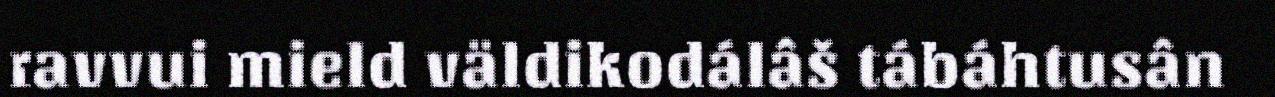
ravvui mield väldikodálâš tábáhtusân